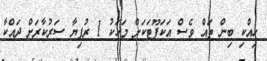
ހިއްކި ބިން ތައް ވެސް އަކަފޫޓަކަށް މަހަކު 1 ރުފިޔާ ސަރުކާރަށް ދައްކާ